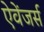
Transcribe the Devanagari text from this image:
ऐवेंजर्स